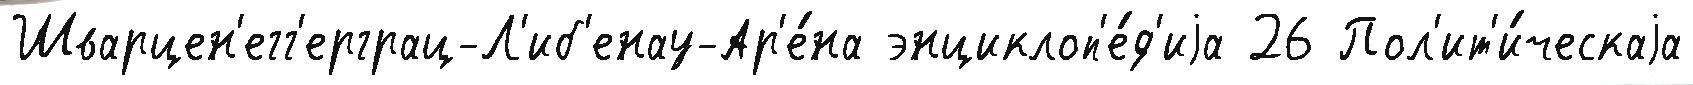
Шварцен'егг'ерграц-Л'иб'енау-Ар'е́на энциклоп'е́д'иjа 26 Пол'ит'и́ческаjа